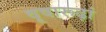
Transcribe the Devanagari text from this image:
वृषारूढ़ां